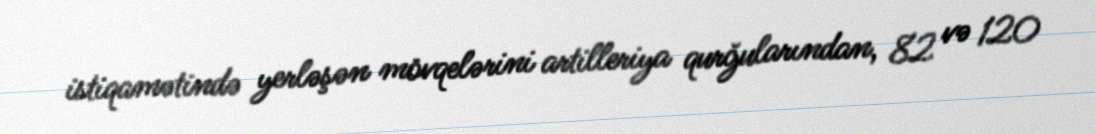
istiqamətində yerləşən mövqelərini artilleriya qurğularından, 82 və 120